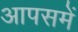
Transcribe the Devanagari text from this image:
आपसमें